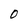
Character: 0